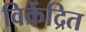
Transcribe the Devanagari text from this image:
विक्रेंद्रित